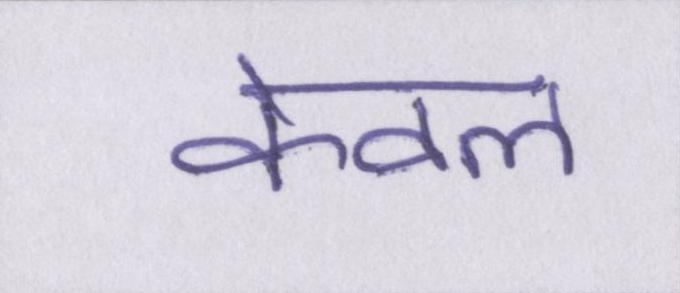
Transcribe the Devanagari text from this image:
केवल